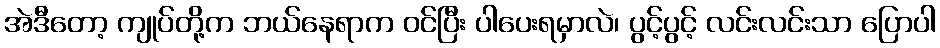
အဲဒီတော့ ကျုပ်တို့က ဘယ်နေရာက ဝင်ပြီး ပါပေးရမှာလဲ၊ ပွင့်ပွင့် လင်းလင်းသာ ပြောပါ